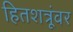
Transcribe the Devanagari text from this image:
हितशत्रूंवर